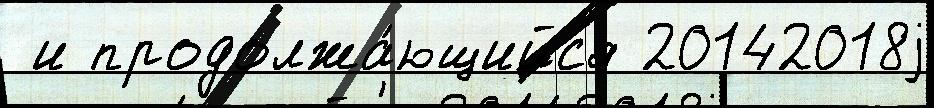
 и продолжа́ющийс'я 20142018j